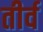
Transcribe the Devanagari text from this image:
तीर्व